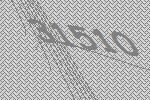
31510